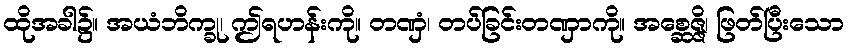
ထိုအခါ၌။ အယံဘိက္ခု၊ ဤရဟန်းကို။ တဏှံ၊ တပ်ခြင်းတဏှာကို။ အစ္ဆေဇ္ဇိ၊ ဖြတ်ပြီးသော